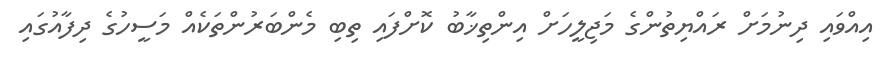
އިއްވައި ދިނުމަށް ރައްޔިތުންގެ މަޖިލީހަށް އިންތިޚާބު ކޮށްފައި ތިބި މެންބަރުންތަކެއް މަސީހުގެ ދިފާއުގައި